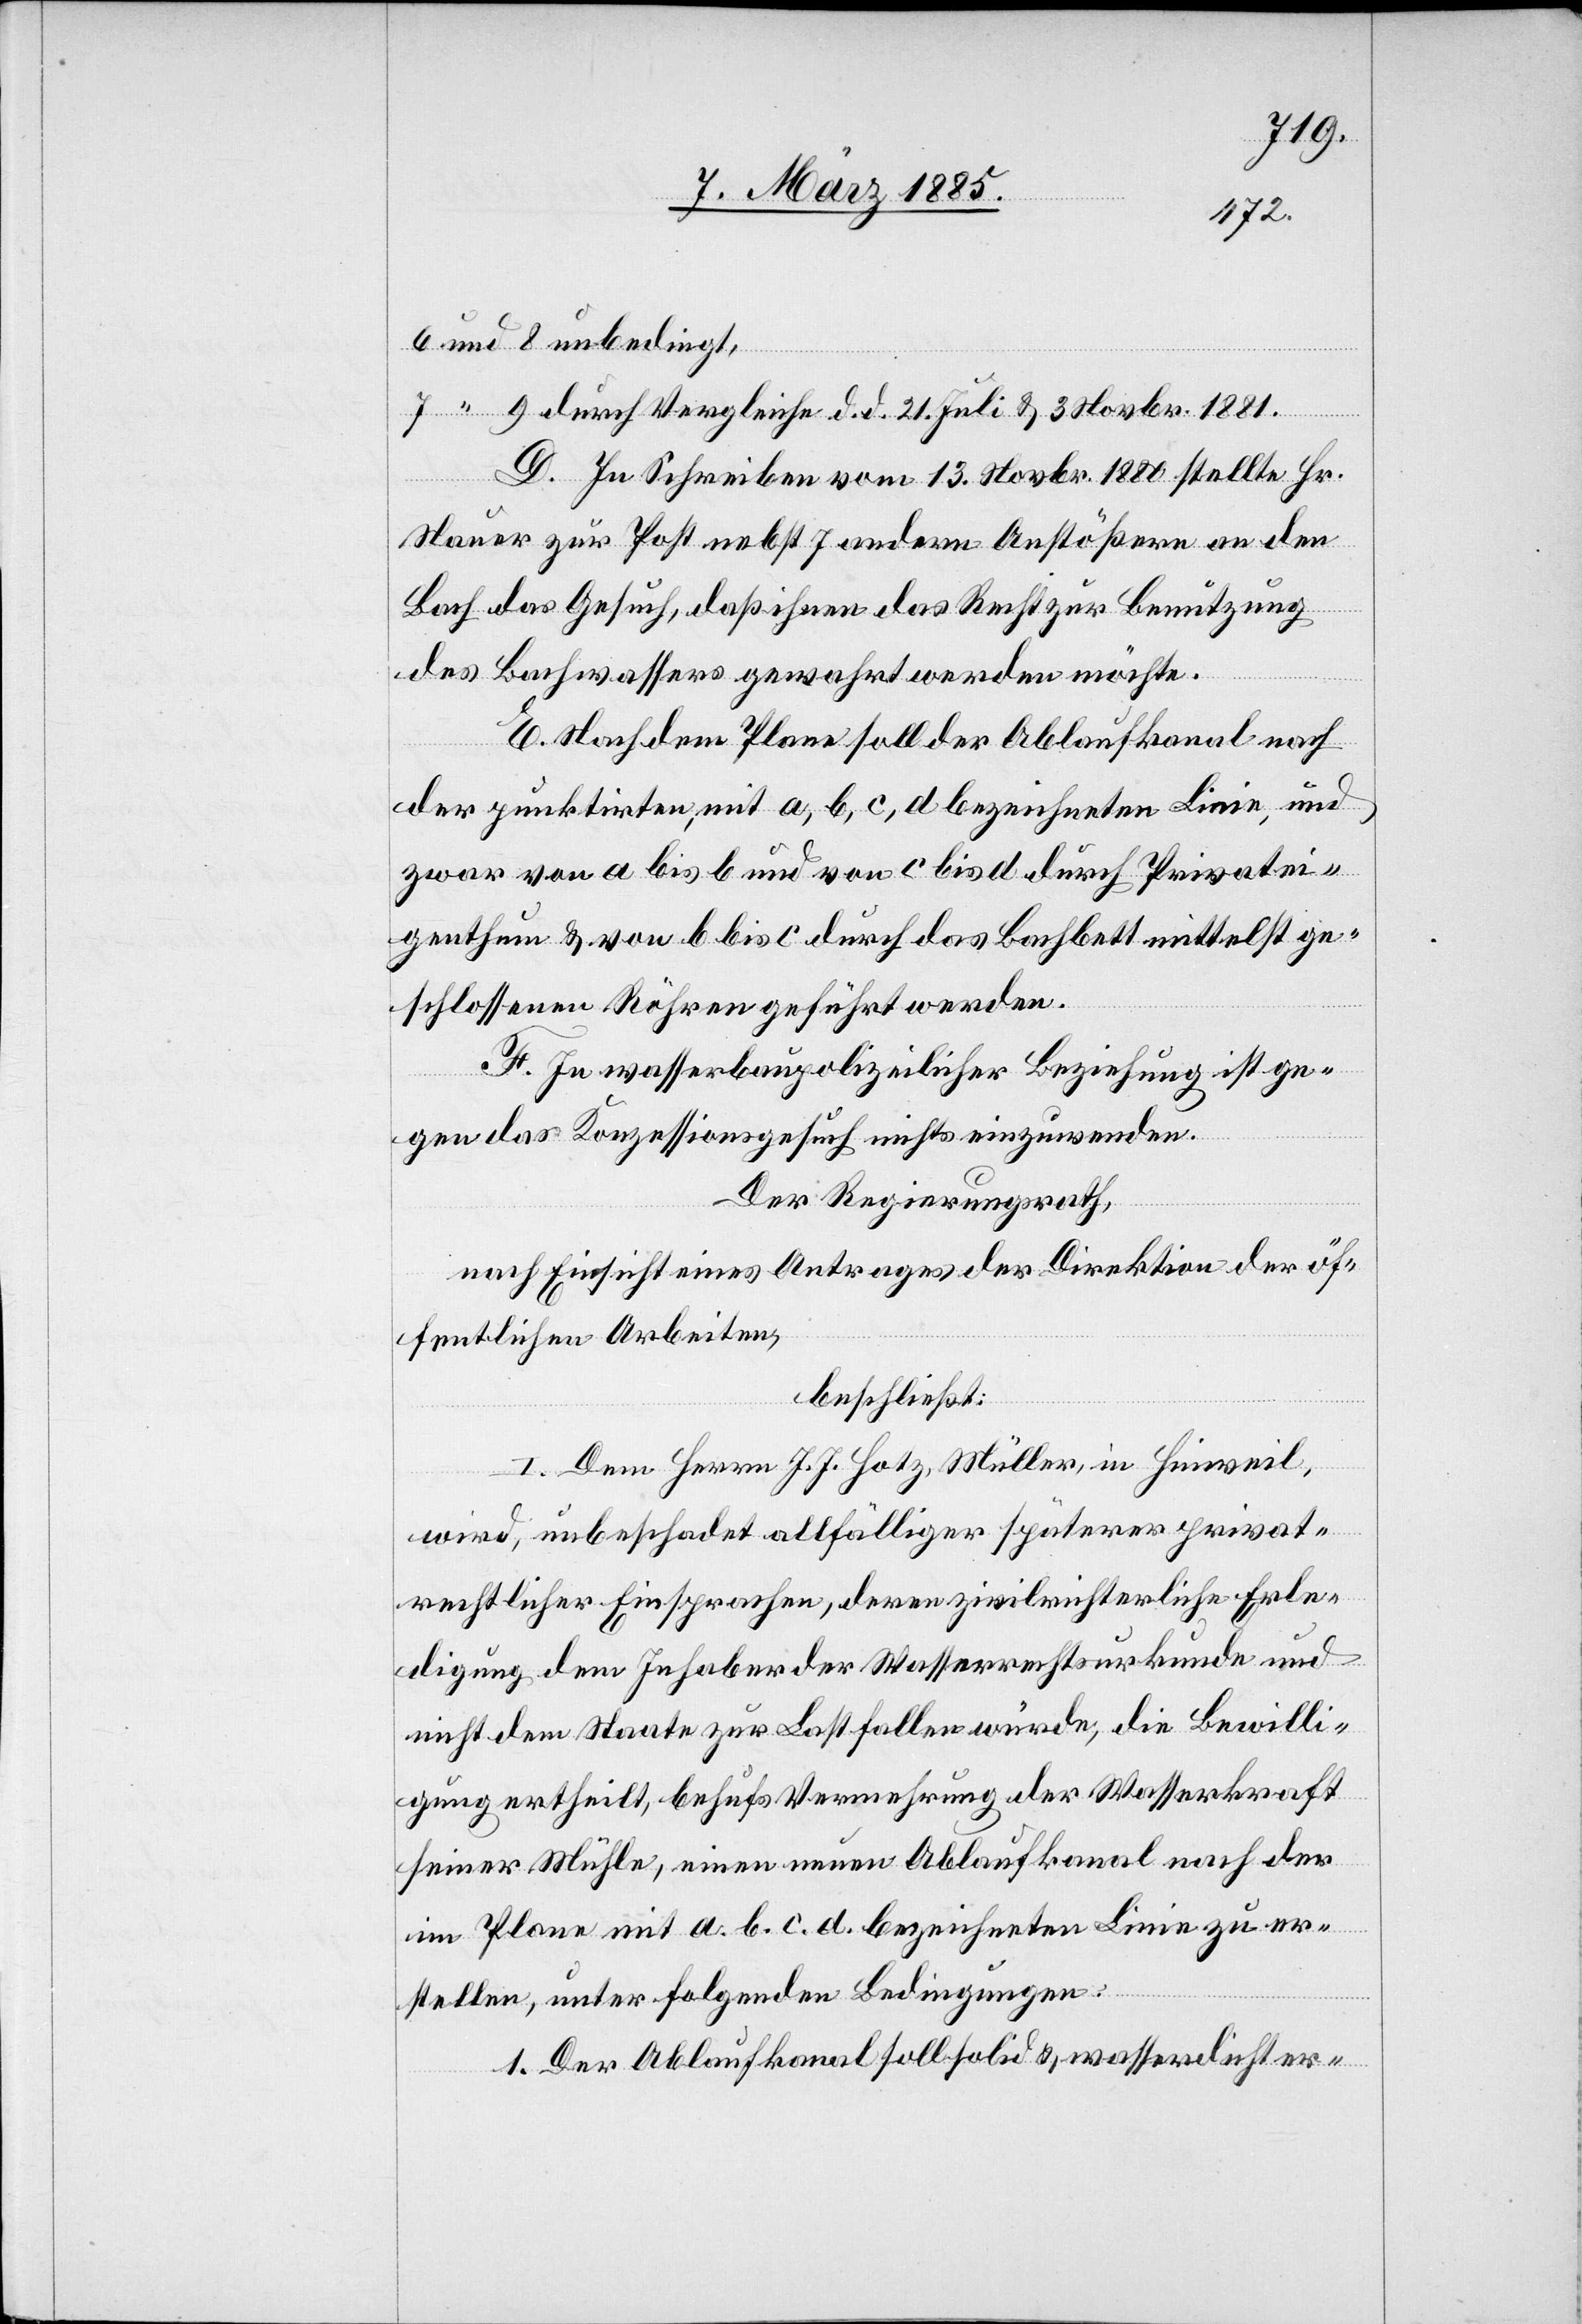
6 und 8 unbedingt,
7 “ 9 durch Vergleiche d. d. 21. Juli & 3. Novbr. 1881.
D. In Schreiben vom 13. Novbr. 1880 stellt Hr.
Nauer zur Post nebst 7 andern Anstößern an den
Bach das Gesuch, daß ihnen das Recht zur Benutzung
des Bachwassers gewahrt werden möchte.
E. Nach dem Plane soll der Ablaufkanal nach
der punktirten, mit a, b, c, d bezeichneten Linie, und
zwar von a bis b und von c bis d durch Privatei¬
genthum & von b bis c durch das Bachbett mittelst ge¬
schlossenen Röhren geführt werden.
F. In wasserbaupolizeilicher Beziehung ist ge¬
gen das Konzessionsgesuch nichts einzuwenden.
Der Regierungsrath,
nach Einsicht eines Antrages der Direktion der öf¬
fentlichen Arbeiten,
beschließt:
I. Dem Herrn J. J. Hotz, Müller, in Hinweil,
wird, unbeschadet allfälliger späterer privat¬
rechtlicher Einsprachen, deren zivilrichterliche Erle¬
digung dem Inhaber der Wasserrechtsurkunde und
nicht dem Staate zur Last fallen würde, die Bewilli¬
gung ertheilt, behufs Vermehrung der Wasserkraft
seiner Mühle, einen neuen Ablaufkanal nach der
im Plane mit a. b. c. d. bezeichneten Linie zu er¬
stellen, unter folgenden Bedingungen:
1. Der Ablaufkanal soll solid & wasserdicht er-